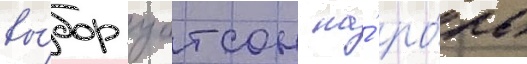
вы́бор уотсон на́ ро́ль